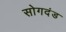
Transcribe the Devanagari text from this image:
सोगदंड